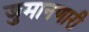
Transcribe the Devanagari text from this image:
जुमानणारी